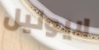
لايونيل